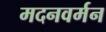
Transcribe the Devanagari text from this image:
मदनवर्मन